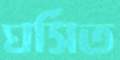
ঘর্সিত